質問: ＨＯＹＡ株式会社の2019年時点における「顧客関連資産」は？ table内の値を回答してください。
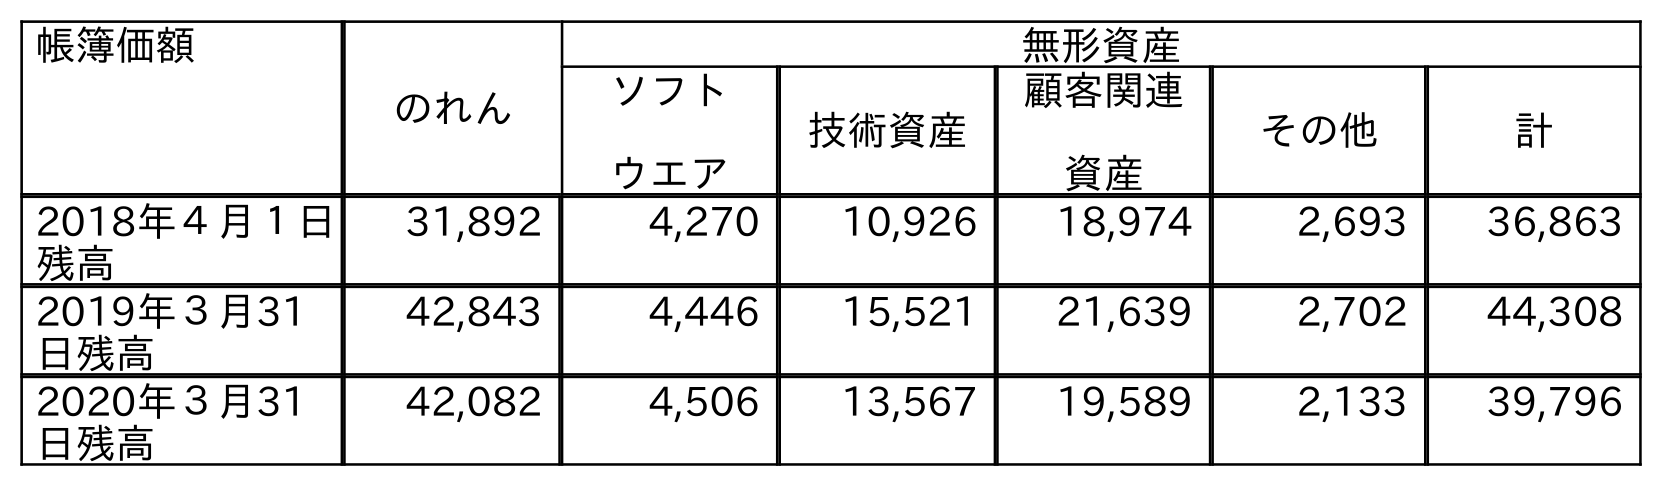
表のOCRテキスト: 帳簿価額 のれん 無形資産 ソフト ウエア 技術資産 顧客関連 資産 その他 計 2018年４月１日 残高 31,892 4,270 10,926 18,974 2,693 36,863 2019年３月31 日残高 42,843 4,446 15,521 21,639 2,702 44,308 2020年３月31 日残高 42,082 4,506 13,567 19,589 2,133 39,796
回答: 21,639